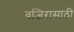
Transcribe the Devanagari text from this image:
वजिरासाठी